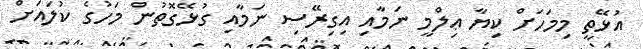
އުޅޭތީ މިމަހަށް ކިޔާ ޢިލްމީ ނަމާއި އިގިރޭސި ނަމާއި ގުޅޭގޮތުން މަހުގެ ކުލައަށް